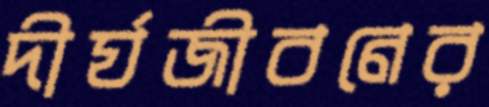
দীর্ঘজীবনের